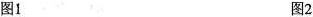
图1